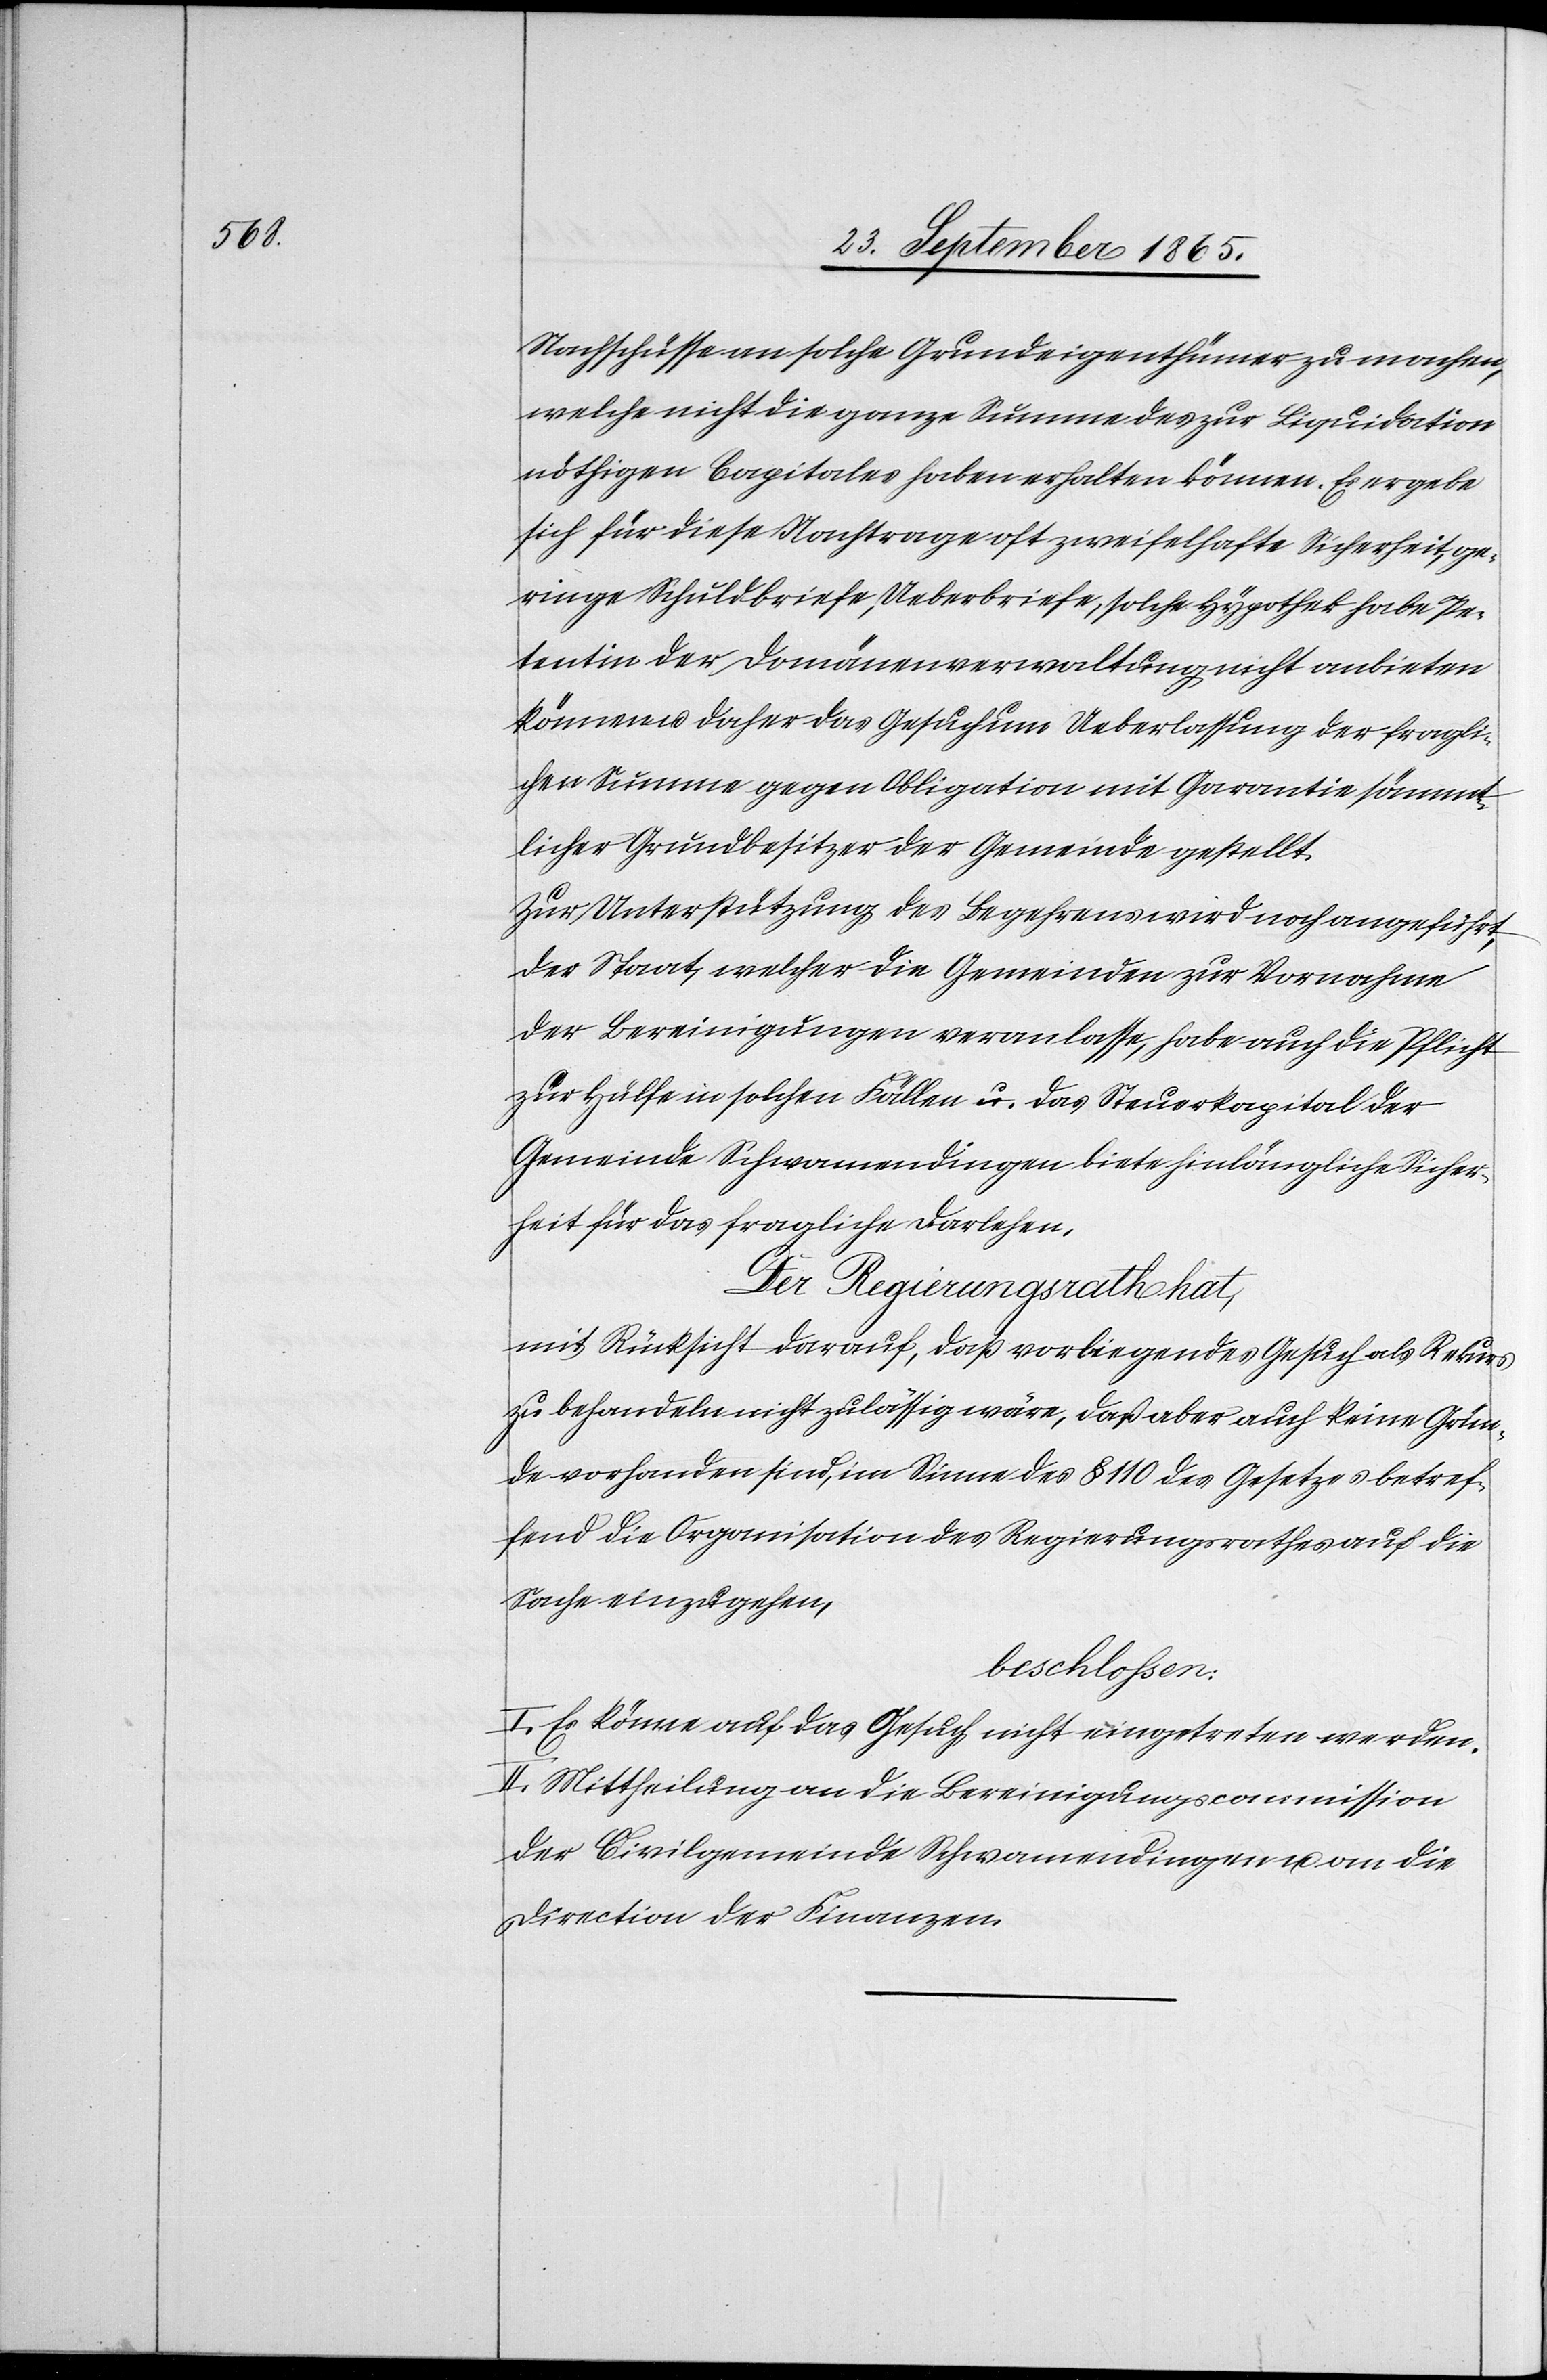
Nachschüsse an solche Grundeigenthümer zu machen,
welche nicht die ganze Summe des zur Liquidation
nöthigen Capitales haben erhalten können. Es ergebe
sich für diese Nachtrage oft zweifelhafte Sicherheit, ge¬
ringe Schuldbriefe, Ueberbriefe, solche Hypothek habe Pe¬
tentin der Domänenverwaltung nicht anbieten
können u. daher das Gesuch um Ueberlassung der fragli¬
chen Summe gegen Obligation mit Garantie sämmt¬
licher Grundbesitzer der Gemeinde gestellt.
Zur Unterstützung des Begehrens wird noch angeführt,
der Staat, welcher die Gemeinden zur Vornahme
der Bereinigungen veranlasse, habe auch die Pflicht
zur Hülfe in solchen Fällen u. das Steuerkapital der
Gemeinde Schwamendingen biete hinlängliche Sicher¬
heit für das fragliche Darlehen.
Der Regierungsrath hat,
mit Rücksicht darauf, daß vorliegendes Gesuch als Rekurs
zu behandeln nicht zulässig wäre, daß aber auch keine Grün¬
de vorhanden sind, im Sinne des § 110 des Gesetzes betref¬
fend die Organisation des Regierungsrathes auf die
Sache einzugehen,
beschlossen:
I. Es könne auf das Gesuch nicht eingetreten werden.
II. Mittheilung an die Bereinigungscommission
der Civilgemeinde Schwamendingen u. an die
Direction der Finanzen.